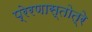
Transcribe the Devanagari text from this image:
प्रेरणास्तोत्रे